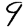
Digit: 9